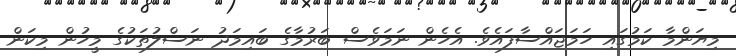
މިޔަންމާ ކަމުގައި ހަމަޖައްސާފައެވެ. އެހެން ނަމަވެސް ބަރުމާގެ ބައިމަދު ނަސްލުތަކުގެ މީހުން މިކަން